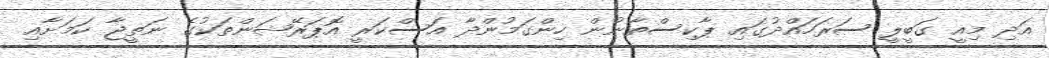
އަދި މިއީ ގަބީލީ ސަރަހައްދުގައި ޕާކިސްތާނުން ހިންގަމުންދާ އަސްކަރީ އޮޕަރޭޝަންތަކުގެ ނަތީޖާ ކަމަށާއި